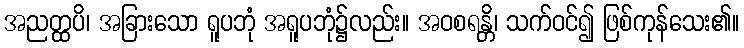
အညတ္ထပိ၊ အခြားသော ရူပဘုံ အရူပဘုံ၌လည်း။ အဝစရန္တိ၊ သက်ဝင်၍ ဖြစ်ကုန်သေး၏။